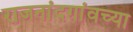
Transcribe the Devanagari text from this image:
राजनांदगांवच्या